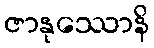
ဇာနုဿောနိ